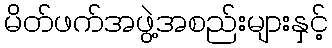
မိတ်ဖက်အဖွဲ့အစည်းများနှင့်